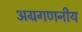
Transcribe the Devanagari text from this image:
अग्रगणनीय